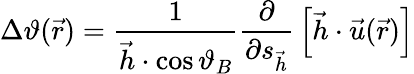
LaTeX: \Delta\vartheta({\vec{r}})={\frac{1}{{\vec{h}}\cdot\cos\vartheta_{B}}}{\frac{\partial}{\partial s_{\vec{h}}}}\left[{\vec{h}}\cdot{\vec{u}}({\vec{r}})\right]